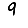
Digit: 9